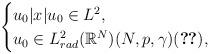
LaTeX: \begin{align*}\begin{cases}u_0 |x| u_0 \in L^2, \\ u_0 \in L_{rad}^2(\mathbb{R}^N) (N,p,\gamma) (\ref{parameter: range for radial case}) ,\end{cases}\end{align*}